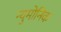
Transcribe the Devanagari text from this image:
न्युमोनिक